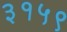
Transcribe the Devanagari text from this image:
३१५९